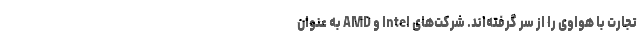
تجارت با هواوی را از سر گرفته‌اند. شرکت‌های Intel و AMD به عنوان